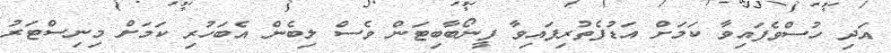
އަދި ހުސްވެފައިވާ ކަމަށް އަޑުފެތުރިފައިވާ ފީނޯބާބިޓަން ވެސް ލިބެން އެބަހުރި ކަމަށް މިނިސްޓަރު